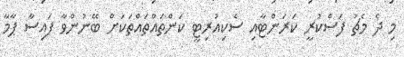
މި ދެ މެޗު ފަސްކުރީ ކަރަންޓާއި ސެކިއުރިޓީ ކަންތައްތައްތަކަށް ބޭނުންވާ ފައިސާ ޕާމާ